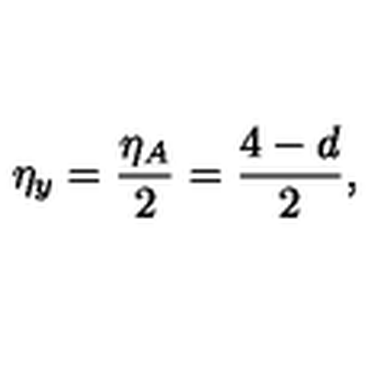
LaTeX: \eta _ { y } = \frac { \eta _ { A } } { 2 } = \frac { 4 - d } { 2 } ,